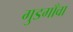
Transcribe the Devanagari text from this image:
गुडगाँवा